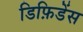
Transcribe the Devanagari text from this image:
डिफ़िडेंस